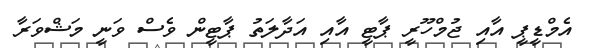
އެމްޑީޕީ އާއި ޖުމްހޫރީ ޕާޓީ އާއި އަދާލަތު ޕާޓީން ވެސް ވަނީ މަޝްވަރާ